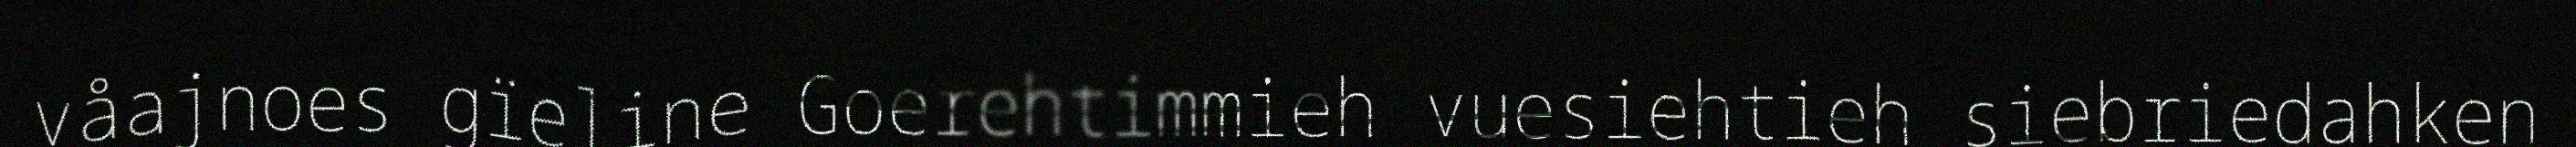
våajnoes gïeline Goerehtimmieh vuesiehtieh siebriedahken